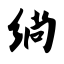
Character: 绱